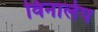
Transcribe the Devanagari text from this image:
विनालेप